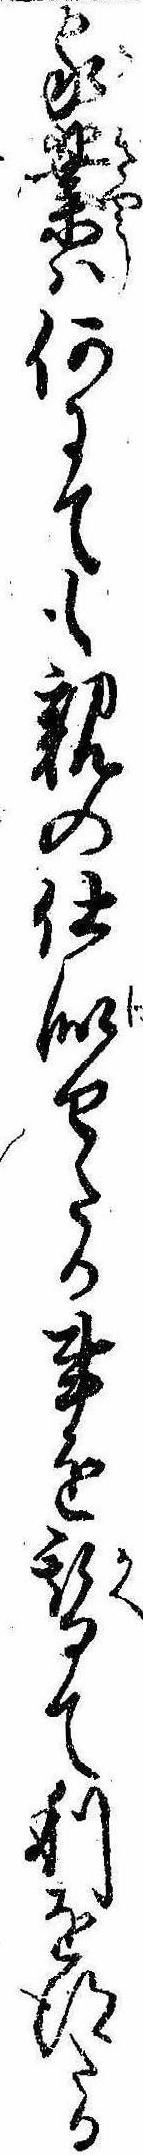
家業は何にても親の仕似せたる事を替て利を得たる